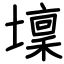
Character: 壈